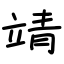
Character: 靖